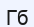
Гб